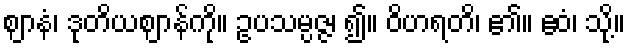
ဈာနံ၊ ဒုတိယဈာန်ကို။ ဥပသမ္ပဇ္ဇ၊ ၍။ ဝိဟရတိ၊ ၏။ ဧဝံ၊ သို့။